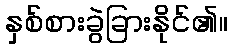
နှစ်စားခွဲခြားနိုင်၏။